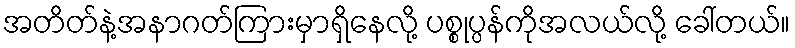
အတိတ်နဲ့အနာဂတ်ကြားမှာရှိနေလို့ ပစ္စုပ္ပန်ကိုအလယ်လို့ ခေါ်တယ်။